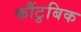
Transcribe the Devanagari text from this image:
कौंटुबिक